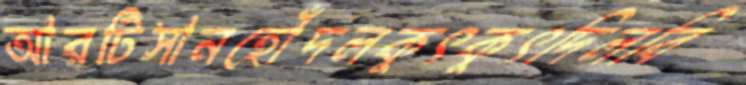
আরটিসানহোঁদলকুৎকুৎদিলবি